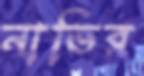
নাভির